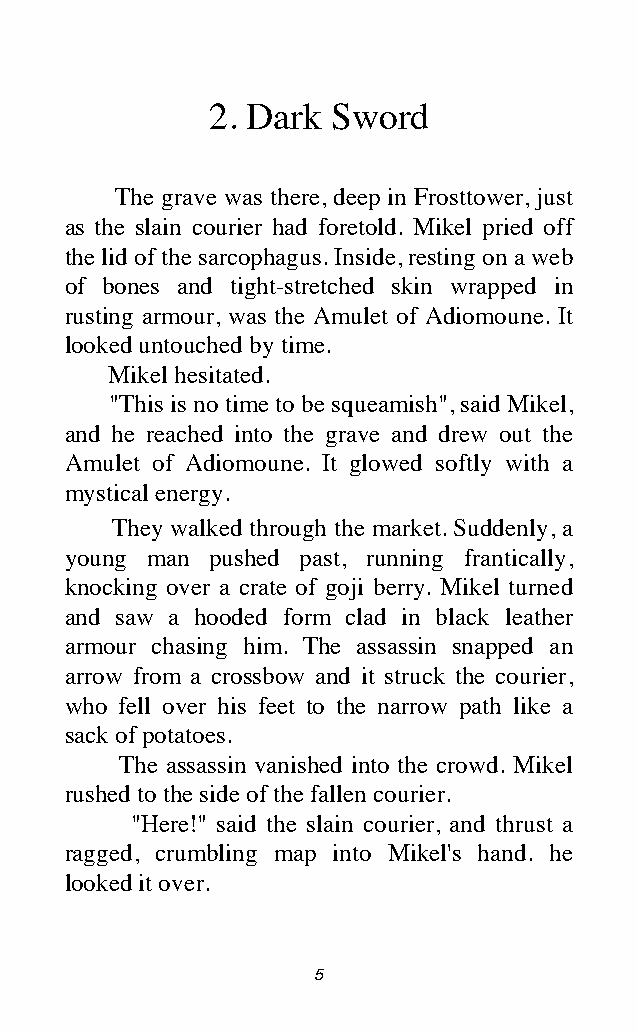
2. Dark Sword
 The grave was there, deep in Frosttower, just
 as the slain courier had foretold. Mikel pried off
 the lid of the sarcophagus. Inside, resting on a web
 of bones and tight-stretched skin wrapped in
 rusting armour, was the Amulet of Adiomoune. It
 looked untouched by time.
 Mikel hesitated.
 "This is no time to be squeamish", said Mikel,
 and he reached into the grave and drew out the
 Amulet of Adiomoune. It glowed softly with a
 mystical energy.
 They walked through the market. Suddenly, a
 young man pushed past, running frantically,
 knocking over a crate of goji berry. Mikel turned
 and saw a hooded form clad in black leather
 armour chasing him. The assassin snapped an
 arrow from a crossbow and it struck the courier,
 who fell over his feet to the narrow path like a
 sack of potatoes.
 The assassin vanished into the crowd. Mikel
 rushed to the side of the fallen courier.
 "Here!" said the slain courier, and thrust a
 ragged, crumbling map into Mikel's hand. he
 looked it over.
 5